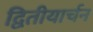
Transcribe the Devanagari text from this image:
द्वितीयार्चन